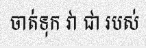
ចាត់ទុក វា ជា របស់